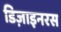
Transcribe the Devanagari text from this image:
डिज़ाइनरस